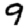
Digit: 9